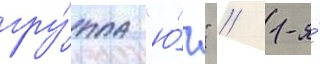
гру́ппа "ю́г" // 1-я́